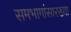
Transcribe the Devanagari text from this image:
समभागांसारख्या